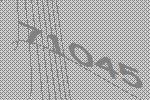
71045